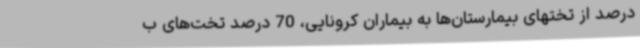
درصد از تختهای بیمارستان‌ها به بیماران کرونایی، 70 درصد تخت‌های ب